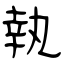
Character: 執